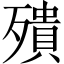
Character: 殨